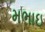
મભાઇ